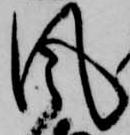
風